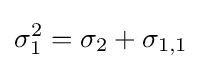
\sigma _{1}^{2}=\sigma _{2}+\sigma _{1,1}